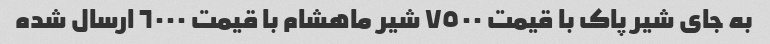
به جای شیر پاک با قیمت ٧٥٠٠ شیر ماهشام با قیمت ٦٠٠٠ ارسال شده